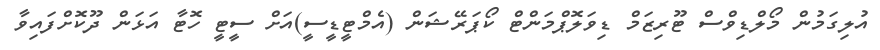
އުލިގަމުން މޯލްޑިވްސް ޓޫރިޒަމް ޑިވަލޮޕްމަންޓް ކޯޕަރޭޝަން (އެމްޓީޑީސީ)އަށް ސީޓީ ހޮޓާ އަޅަން ދޫކޮށްފައިވާ